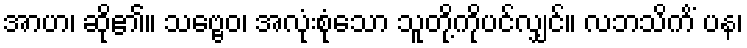
အာဟ၊ ဆို၏။ သဗ္ဗေဝ၊ အလုံးစုံသော သူတို့ကိုပင်လျှင်။ လဘသိကိံ ပန၊